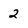
Character: 2